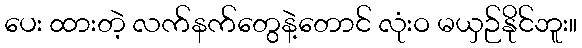
ပေး ထားတဲ့ လက်နက်တွေနဲ့တောင် လုံးဝ မယှဉ်နိုင်ဘူး။